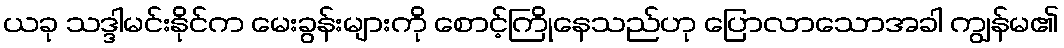
ယခု သဒ္ဒါမင်းနိုင်က မေးခွန်းများကို စောင့်ကြိုနေသည်ဟု ပြောလာသောအခါ ကျွန်မ၏